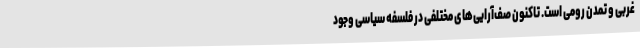
غربی و تمدن رومی است. تاکنون صف‌آرایی‌های مختلفی در فلسفه سیاسی وجود